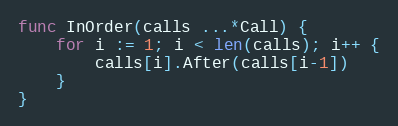
Language: Go
func InOrder(calls ...*Call) {
	for i := 1; i < len(calls); i++ {
		calls[i].After(calls[i-1])
	}
}